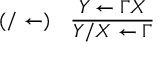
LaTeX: ( / \leftarrow ) \quad { \frac { Y \leftarrow \Gamma X } { Y / X \leftarrow \Gamma } }